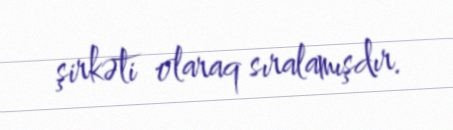
şirkəti olaraq sıralamışdır.